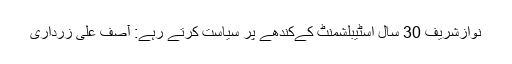
نوازشریف 30 سال اسٹیبلشمنٹ کےکندھے پر سیاست کرتے رہے: آصف علی زرداری